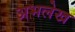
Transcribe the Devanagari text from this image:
अभलेख